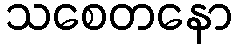
သစေတနော